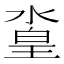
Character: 𣹛